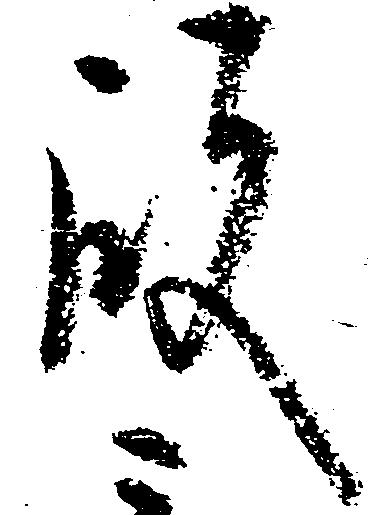
殿